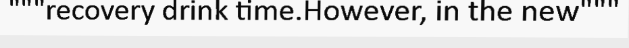
"""recovery drink time.However, in the new"""